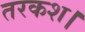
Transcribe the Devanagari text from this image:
तरकश।